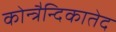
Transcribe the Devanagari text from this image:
कोन्त्रैन्दिकातेद